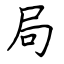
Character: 局